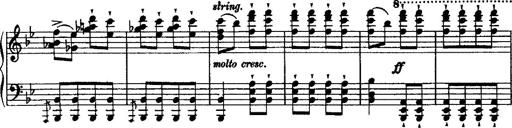
Title: Grande valse di bravura
Composer: Franz Liszt